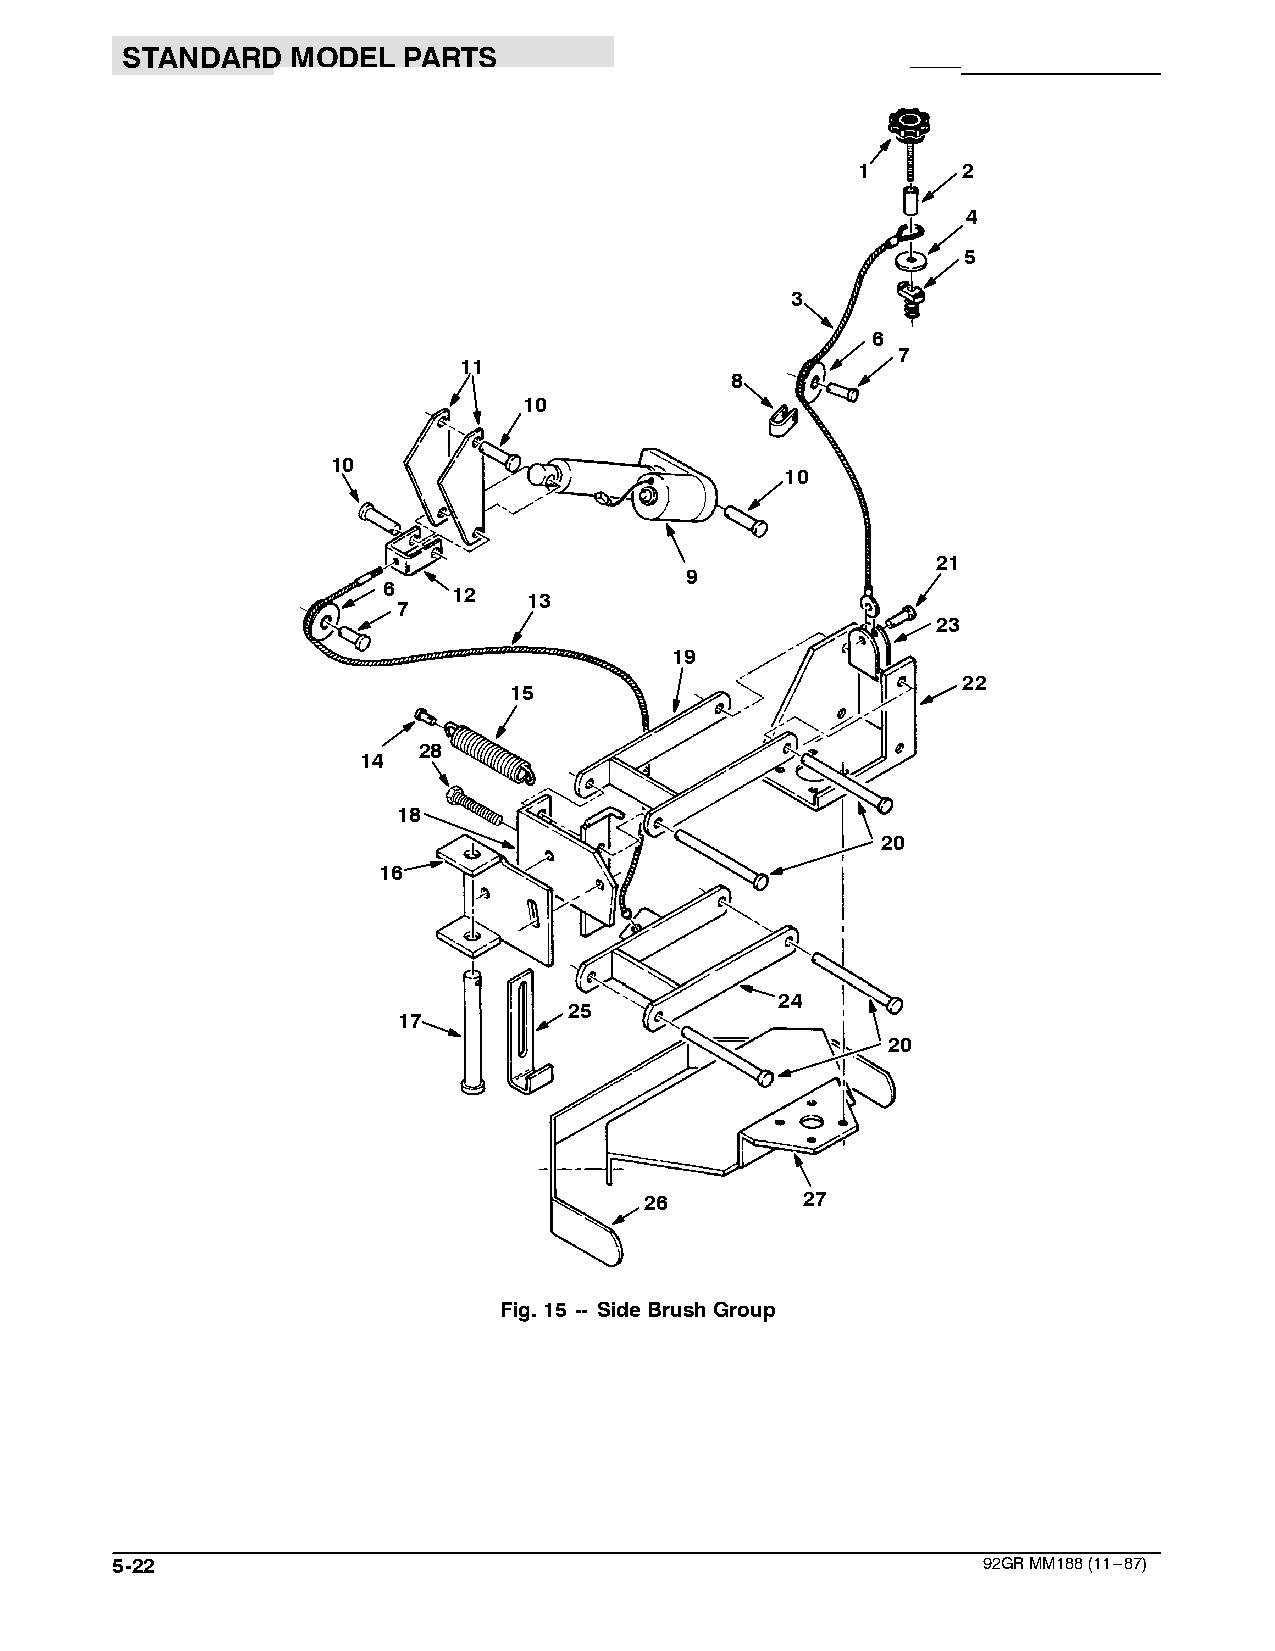
STANDARD   MODEL   PARTS
 1      2
 4
 5
 3
 6
 7
 11
 88
 10
 10
 10
 21
 9
 6    12   13
 7
 23
 19
 22
 15
 28
 14
 18
 20
 16
 24
 25
 17
 20
 26        27
 Fig.15 -- SideBrushGroup
 5-22                                                      92GRMM188(11---87)